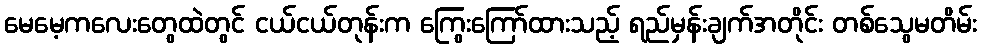
မေမေ့ကလေးတွေထဲတွင် ငယ်ငယ်တုန်းက ကြွေးကြော်ထားသည့် ရည်မှန်းချက်အတိုင်း တစ်သွေမတိမ်း